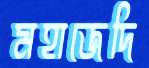
মহাজেদি